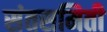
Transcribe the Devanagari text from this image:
संतसमिती